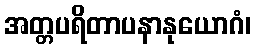
အတ္တပရိတာပနာနုယောဂံ၊